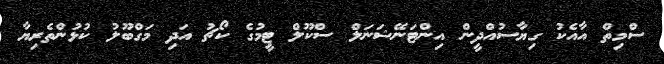
ސްމިތް އާއެކު ގިޔާސުއްދީން އިންޓަނޭޝަނަލް ސްކޫލް ޓީމުގެ ކޯޗު އަދި މަގްބޫލު ކުޅުންތެރިޔާ